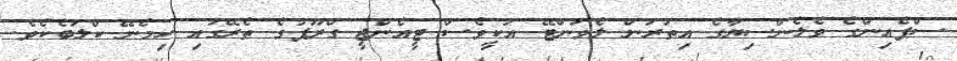
ސްޕެއިންގެ ވެލެންްސިޔާގެ އިތުރުން ލެވަންޓޭ އަކީވެސް ޓީއެންޖީ ގްރޫޕުގެ ތެރޭގައި ހިމެނޭ ކްލަބެކެވެ.